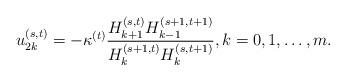
LaTeX: \begin{align*}u_{2k}^{(s,t)}=-\kappa^{(t)}\frac{H_{k+1}^{(s,t)}H_{k-1}^{(s+1,t+1)}}{H_k^{(s+1,t)}H_{k}^{(s,t+1)}},k=0,1,\dots,m.\end{align*}